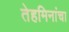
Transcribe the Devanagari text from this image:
तेहमिनांचा